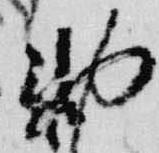
勅